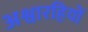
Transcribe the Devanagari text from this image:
अश्वारहियों